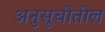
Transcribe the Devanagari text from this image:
अनुसूचीतील